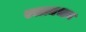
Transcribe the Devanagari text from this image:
स्वात्मभाव